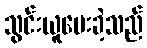
သွင်းယူပေးခဲ့သည်